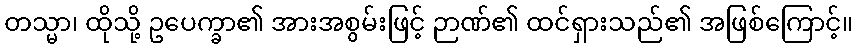
တသ္မာ၊ ထိုသို့ ဥပေက္ခာ၏ အားအစွမ်းဖြင့် ဉာဏ်၏ ထင်ရှားသည်၏ အဖြစ်ကြောင့်။